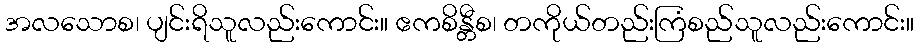
အလသောစ၊ ပျင်းရိသူလည်းကောင်း။ ဧကစိန္တီစ၊ တကိုယ်တည်းကြံစည်သူလည်းကောင်း။